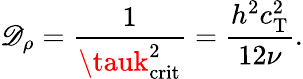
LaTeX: \mathscr{D}_{\rho}=\frac{{1}}{{\tauk_{\mathrm{{crit}}}^{2}}}=\frac{{h^{2}c_{\mathrm{{T}}}^{2}}}{{12\nu}}.